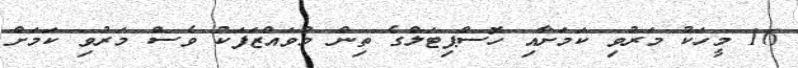
16 މީހަކު މަރުވި ކަމަށާއި ހޮސްޕިޓަލްގެ ތިން މުވައްޒަފަކު ވެސް މަރުވި ކަމަށް